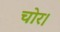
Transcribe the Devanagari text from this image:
चोर।